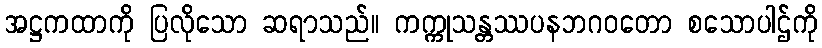
အဋ္ဌကထာကို ပြလိုသော ဆရာသည်။ ကက္ကုသန္တဿပနဘဂဝတော စသောပါဌ်ကို